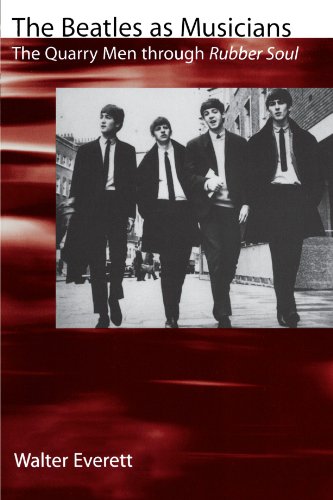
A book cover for The Beatles As Musicians: The Quarry Men through Rubber Soul; Walter Everett; Humor & Entertainment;